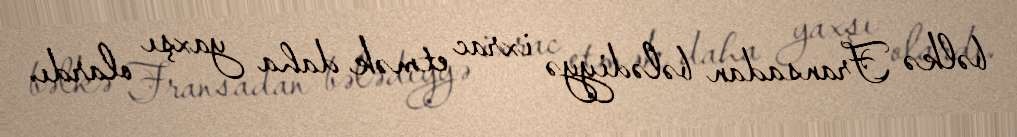
bəlkə Fransadan bələdiyyə ixrac etmək daha yaxşı olardı.